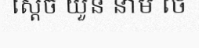
ស្តេច យួន នាម ថេ